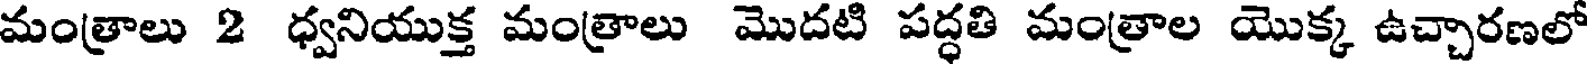
మంత్రాలు 2 ధ్వనియుక్త మంత్రాలు మొదటి పద్ధతి మంత్రాల యొక్క ఉచ్చారణలో